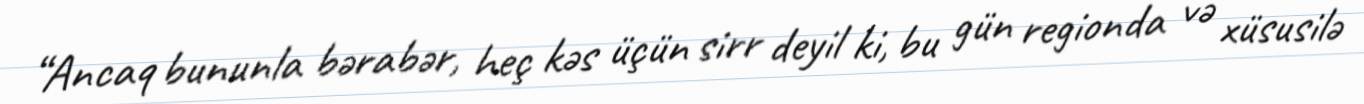
“Ancaq bununla bərabər, heç kəs üçün sirr deyil ki, bu gün regionda və xüsusilə